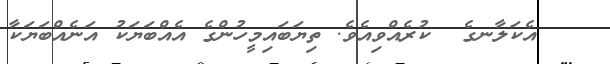
އެކަލާނގެ  ކުރެއްވިއެވެ. ތިޔަބައިމީހުންގެ އެއްބަޔަކު އަނެއްބަޔަކާ